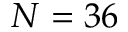
N = 3 6